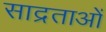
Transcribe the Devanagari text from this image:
साद्रताओं